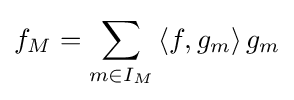
f_{M}=\sum _{m\in I_{M}}\left\langle f,g_{m}\right\rangle g_{m}